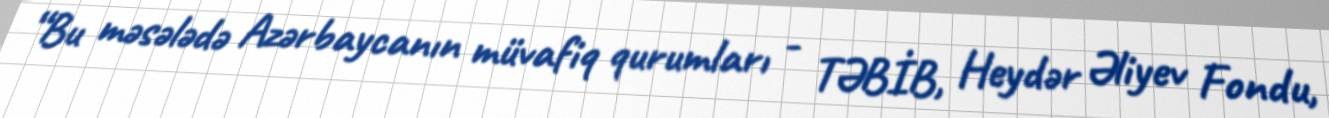
“Bu məsələdə Azərbaycanın müvafiq qurumları - TƏBİB, Heydər Əliyev Fondu,